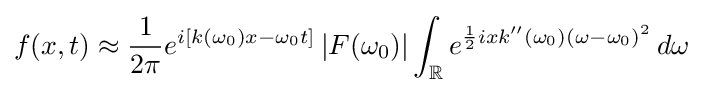
f(x,t)\approx {\frac {1}{2\pi }}e^{i\left[k(\omega _{0})x-\omega _{0}t\right]}\left|F(\omega _{0})\right|\int _{\mathbb {R} }e^{{\frac {1}{2}}ixk''(\omega _{0})(\omega -\omega _{0})^{2}}\,d\omega